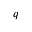
q